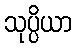
သုပ္ပိယာ